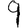
Digit: 9